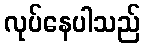
လုပ်နေပါသည်